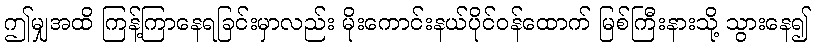
ဤမျှအထိ ကြန့်ကြာနေရခြင်းမှာလည်း မိုးကောင်းနယ်ပိုင်ဝန်ထောက် မြစ်ကြီးနားသို့ သွားနေ၍